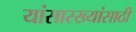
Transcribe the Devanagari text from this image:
यांसारख्यांसाठी